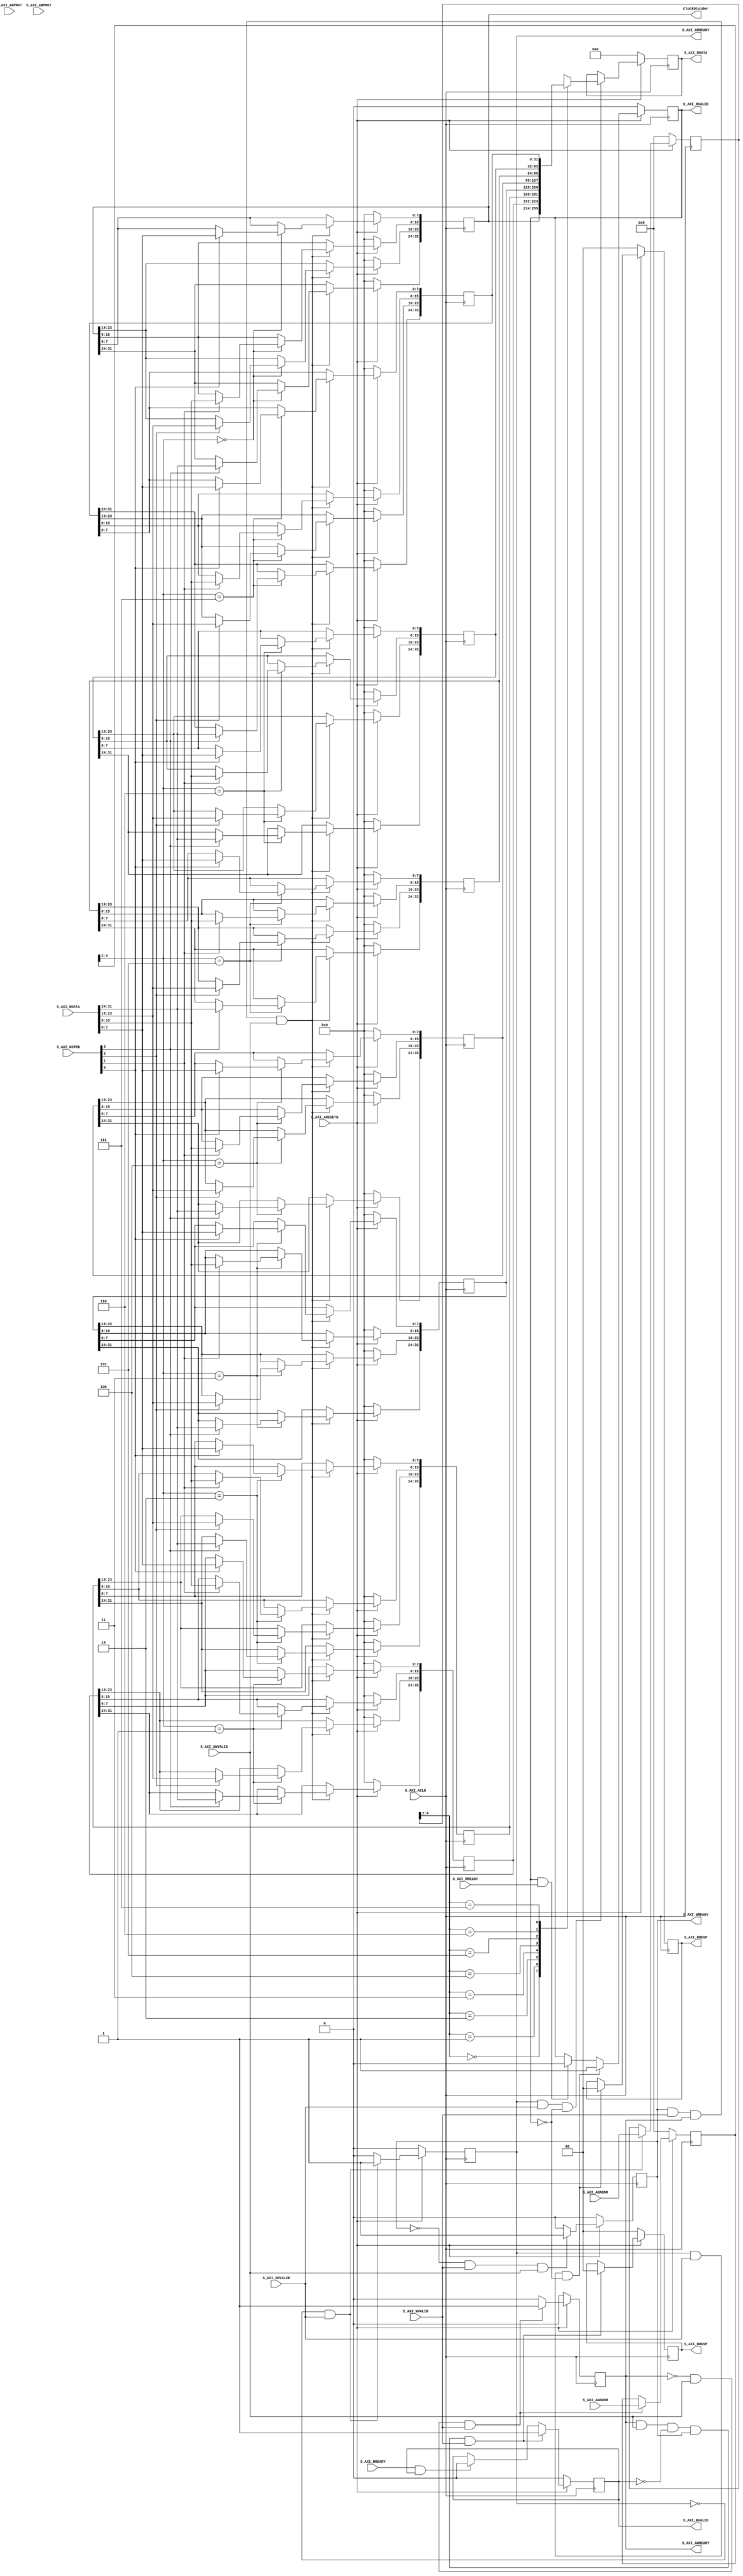
/*
Copyright (c) 2014-2022 Luiz Carlos Gili

Permission is hereby granted, free of charge, to any person obtaining a copy
of this software and associated documentation files (the "Software"), to deal
in the Software without restriction, including without limitation the rights
to use, copy, modify, merge, publish, distribute, sublicense, and/or sell
copies of the Software, and to permit persons to whom the Software is
furnished to do so, subject to the following conditions:

The above copyright notice and this permission notice shall be included in
all copies or substantial portions of the Software.

THE SOFTWARE IS PROVIDED "AS IS", WITHOUT WARRANTY OF ANY KIND, EXPRESS OR
IMPLIED, INCLUDING BUT NOT LIMITED TO THE WARRANTIES OF MERCHANTABILITY
FITNESS FOR A PARTICULAR PURPOSE AND NONINFRINGEMENT. IN NO EVENT SHALL THE
AUTHORS OR COPYRIGHT HOLDERS BE LIABLE FOR ANY CLAIM, DAMAGES OR OTHER
LIABILITY, WHETHER IN AN ACTION OF CONTRACT, TORT OR OTHERWISE, ARISING FROM,
OUT OF OR IN CONNECTION WITH THE SOFTWARE OR THE USE OR OTHER DEALINGS IN
THE SOFTWARE.
*/

// Language: Verilog 2001

// Addresses used : 
// base address + 0x00 : EnableSampleGeneration 	


`timescale 1 ns / 1 ps

module axi_clock_s_axi #
	(
		// Users to add parameters here

		// User parameters ends
		// Do not modify the parameters beyond this line

		// Width of S_AXI data bus
		parameter integer AXI_DATA_WIDTH	= 32,
		// Width of S_AXI address bus
		parameter integer AXI_ADDR_WIDTH	= 5
	)
	(
		// Users to add ports here
		
		output 	wire 	[AXI_DATA_WIDTH-1:0]	ClockDivider, 		
		
		// User ports ends
		// Do not modify the ports beyond this line

		// Global Clock Signal
		input wire  S_AXI_ACLK,
		// Global Reset Signal. This Signal is Active LOW
		input wire  S_AXI_ARESETN,
		// Write address (issued by master, acceped by Slave)
		input wire [AXI_ADDR_WIDTH-1 : 0] S_AXI_AWADDR,
		// Write channel Protection type. This signal indicates the
    		// privilege and security level of the transaction, and whether
    		// the transaction is a data access or an instruction access.
		input wire [2 : 0] S_AXI_AWPROT,
		// Write address valid. This signal indicates that the master signaling
    		// valid write address and control information.
		input wire  S_AXI_AWVALID,
		// Write address ready. This signal indicates that the slave is ready
    		// to accept an address and associated control signals.
		output wire  S_AXI_AWREADY,
		// Write data (issued by master, acceped by Slave) 
		input wire [AXI_DATA_WIDTH-1 : 0] S_AXI_WDATA,
		// Write strobes. This signal indicates which byte lanes hold
    		// valid data. There is one write strobe bit for each eight
    		// bits of the write data bus.    
		input wire [(AXI_DATA_WIDTH/8)-1 : 0] S_AXI_WSTRB,
		// Write valid. This signal indicates that valid write
    		// data and strobes are available.
		input wire  S_AXI_WVALID,
		// Write ready. This signal indicates that the slave
    		// can accept the write data.
		output wire  S_AXI_WREADY,
		// Write response. This signal indicates the status
    		// of the write transaction.
		output wire [1 : 0] S_AXI_BRESP,
		// Write response valid. This signal indicates that the channel
    		// is signaling a valid write response.
		output wire  S_AXI_BVALID,
		// Response ready. This signal indicates that the master
    		// can accept a write response.
		input wire  S_AXI_BREADY,
		// Read address (issued by master, acceped by Slave)
		input wire [AXI_ADDR_WIDTH-1 : 0] S_AXI_ARADDR,
		// Protection type. This signal indicates the privilege
    		// and security level of the transaction, and whether the
    		// transaction is a data access or an instruction access.
		input wire [2 : 0] S_AXI_ARPROT,
		// Read address valid. This signal indicates that the channel
    		// is signaling valid read address and control information.
		input wire  S_AXI_ARVALID,
		// Read address ready. This signal indicates that the slave is
    		// ready to accept an address and associated control signals.
		output wire  S_AXI_ARREADY,
		// Read data (issued by slave)
		output wire [AXI_DATA_WIDTH-1 : 0] S_AXI_RDATA,
		// Read response. This signal indicates the status of the
    		// read transfer.
		output wire [1 : 0] S_AXI_RRESP,
		// Read valid. This signal indicates that the channel is
    		// signaling the required read data.
		output wire  S_AXI_RVALID,
		// Read ready. This signal indicates that the master can
    		// accept the read data and response information.
		input wire  S_AXI_RREADY
	);

	// AXI4LITE signals
	reg [AXI_ADDR_WIDTH-1 : 0] 	axi_awaddr;
	reg  	axi_awready;
	reg  	axi_wready;
	reg [1 : 0] 	axi_bresp;
	reg  	axi_bvalid;
	reg [AXI_ADDR_WIDTH-1 : 0] 	axi_araddr;
	reg  	axi_arready;
	reg [AXI_DATA_WIDTH-1 : 0] 	axi_rdata;
	reg [1 : 0] 	axi_rresp;
	reg  	axi_rvalid;

	// Example-specific design signals
	// local parameter for addressing 32 bit / 64 bit AXI_DATA_WIDTH
	// ADDR_LSB is used for addressing 32/64 bit registers/memories
	// ADDR_LSB = 2 for 32 bits (n downto 2)
	// ADDR_LSB = 3 for 64 bits (n downto 3)
	localparam integer ADDR_LSB = (AXI_DATA_WIDTH/32) + 1;
	localparam integer OPT_MEM_ADDR_BITS = 2;
	//----------------------------------------------
	//-- Signals for user logic register space example
	//------------------------------------------------
	//-- Number of Slave Registers 8
	reg [AXI_DATA_WIDTH-1:0]	slv_reg0;
	reg [AXI_DATA_WIDTH-1:0]	slv_reg1;
	reg [AXI_DATA_WIDTH-1:0]	slv_reg2;
	reg [AXI_DATA_WIDTH-1:0]	slv_reg3;
	reg [AXI_DATA_WIDTH-1:0]	slv_reg4;
	reg [AXI_DATA_WIDTH-1:0]	slv_reg5;
	reg [AXI_DATA_WIDTH-1:0]	slv_reg6;
	reg [AXI_DATA_WIDTH-1:0]	slv_reg7;
	wire	 slv_reg_rden;
	wire	 slv_reg_wren;
	reg [AXI_DATA_WIDTH-1:0]	 reg_data_out;
	integer	 byte_index;
	reg 				asynchFIFO_AlmostFullR;
	
	// I/O Connections assignments

	assign S_AXI_AWREADY	= axi_awready;
	assign S_AXI_WREADY	= axi_wready;
	assign S_AXI_BRESP	= axi_bresp;
	assign S_AXI_BVALID	= axi_bvalid;
	assign S_AXI_ARREADY	= axi_arready;
	assign S_AXI_RDATA	= axi_rdata;
	assign S_AXI_RRESP	= axi_rresp;
	assign S_AXI_RVALID	= axi_rvalid;
	// Implement axi_awready generation
	// axi_awready is asserted for one S_AXI_ACLK clock cycle when both
	// S_AXI_AWVALID and S_AXI_WVALID are asserted. axi_awready is
	// de-asserted when reset is low.

	always @( posedge S_AXI_ACLK )
	begin
	  if ( S_AXI_ARESETN == 1'b0 )
	    begin
	      axi_awready <= 1'b0;
	    end 
	  else
	    begin    
	      if (~axi_awready && S_AXI_AWVALID && S_AXI_WVALID)
	        begin
	          // slave is ready to accept write address when 
	          // there is a valid write address and write data
	          // on the write address and data bus. This design 
	          // expects no outstanding transactions. 
	          axi_awready <= 1'b1;
	        end
	      else           
	        begin
	          axi_awready <= 1'b0;
	        end
	    end 
	end       

	// Implement axi_awaddr latching
	// This process is used to latch the address when both 
	// S_AXI_AWVALID and S_AXI_WVALID are valid. 

	always @( posedge S_AXI_ACLK )
	begin
	  if ( S_AXI_ARESETN == 1'b0 )
	    begin
	      axi_awaddr <= 0;
	    end 
	  else
	    begin    
	      if (~axi_awready && S_AXI_AWVALID && S_AXI_WVALID)
	        begin
	          // Write Address latching 
	          axi_awaddr <= S_AXI_AWADDR;
	        end
	    end 
	end       

	// Implement axi_wready generation
	// axi_wready is asserted for one S_AXI_ACLK clock cycle when both
	// S_AXI_AWVALID and S_AXI_WVALID are asserted. axi_wready is 
	// de-asserted when reset is low. 

	always @( posedge S_AXI_ACLK )
	begin
	  if ( S_AXI_ARESETN == 1'b0 )
	    begin
	      axi_wready <= 1'b0;
	    end 
	  else
	    begin    
	      if (~axi_wready && S_AXI_WVALID && S_AXI_AWVALID)
	        begin
	          // slave is ready to accept write data when 
	          // there is a valid write address and write data
	          // on the write address and data bus. This design 
	          // expects no outstanding transactions. 
	          axi_wready <= 1'b1;
	        end
	      else
	        begin
	          axi_wready <= 1'b0;
	        end
	    end 
	end       

	// Implement memory mapped register select and write logic generation
	// The write data is accepted and written to memory mapped registers when
	// axi_awready, S_AXI_WVALID, axi_wready and S_AXI_WVALID are asserted. Write strobes are used to
	// select byte enables of slave registers while writing.
	// These registers are cleared when reset (active low) is applied.
	// Slave register write enable is asserted when valid address and data are available
	// and the slave is ready to accept the write address and write data.
	assign slv_reg_wren = axi_wready && S_AXI_WVALID && axi_awready && S_AXI_AWVALID;

	always @( posedge S_AXI_ACLK )
	begin
	  if ( S_AXI_ARESETN == 1'b0 )
	    begin
	      slv_reg0 <= 0;
	      slv_reg1 <= 0;
	      slv_reg2 <= 0;
	      slv_reg3 <= 0;
	      slv_reg4 <= 0;
	      slv_reg5 <= 0;
	      slv_reg6 <= 0;
	      slv_reg7 <= 0;
	    end 
	  else begin
	    if (slv_reg_wren)
	      begin
	        case ( axi_awaddr[ADDR_LSB+OPT_MEM_ADDR_BITS:ADDR_LSB] )
	          3'h0:
	            for ( byte_index = 0; byte_index <= (AXI_DATA_WIDTH/8)-1; byte_index = byte_index+1 )
	              if ( S_AXI_WSTRB[byte_index] == 1 ) begin
	                // Respective byte enables are asserted as per write strobes 
	                // Slave register 0
	                slv_reg0[(byte_index*8) +: 8] <= S_AXI_WDATA[(byte_index*8) +: 8];
	              end  
	          3'h1:
	            for ( byte_index = 0; byte_index <= (AXI_DATA_WIDTH/8)-1; byte_index = byte_index+1 )
	              if ( S_AXI_WSTRB[byte_index] == 1 ) begin
	                // Respective byte enables are asserted as per write strobes 
	                // Slave register 1
	                slv_reg1[(byte_index*8) +: 8] <= S_AXI_WDATA[(byte_index*8) +: 8];
	              end  
	          3'h2:
	            for ( byte_index = 0; byte_index <= (AXI_DATA_WIDTH/8)-1; byte_index = byte_index+1 )
	              if ( S_AXI_WSTRB[byte_index] == 1 ) begin
	                // Respective byte enables are asserted as per write strobes 
	                // Slave register 2
	                slv_reg2[(byte_index*8) +: 8] <= S_AXI_WDATA[(byte_index*8) +: 8];
	              end  
	          3'h3:
	            for ( byte_index = 0; byte_index <= (AXI_DATA_WIDTH/8)-1; byte_index = byte_index+1 )
	              if ( S_AXI_WSTRB[byte_index] == 1 ) begin
	                // Respective byte enables are asserted as per write strobes 
	                // Slave register 3
	                slv_reg3[(byte_index*8) +: 8] <= S_AXI_WDATA[(byte_index*8) +: 8];
	              end  
	          3'h4:
	            for ( byte_index = 0; byte_index <= (AXI_DATA_WIDTH/8)-1; byte_index = byte_index+1 )
	              if ( S_AXI_WSTRB[byte_index] == 1 ) begin
	                // Respective byte enables are asserted as per write strobes 
	                // Slave register 4
	                slv_reg4[(byte_index*8) +: 8] <= S_AXI_WDATA[(byte_index*8) +: 8];
	              end  
	          3'h5:
	            for ( byte_index = 0; byte_index <= (AXI_DATA_WIDTH/8)-1; byte_index = byte_index+1 )
	              if ( S_AXI_WSTRB[byte_index] == 1 ) begin
	                // Respective byte enables are asserted as per write strobes 
	                // Slave register 5
	                slv_reg5[(byte_index*8) +: 8] <= S_AXI_WDATA[(byte_index*8) +: 8];
	              end  
	          3'h6:
	            for ( byte_index = 0; byte_index <= (AXI_DATA_WIDTH/8)-1; byte_index = byte_index+1 )
	              if ( S_AXI_WSTRB[byte_index] == 1 ) begin
	                // Respective byte enables are asserted as per write strobes 
	                // Slave register 6
	                slv_reg6[(byte_index*8) +: 8] <= S_AXI_WDATA[(byte_index*8) +: 8];
	              end  
	          3'h7:
	            for ( byte_index = 0; byte_index <= (AXI_DATA_WIDTH/8)-1; byte_index = byte_index+1 )
	              if ( S_AXI_WSTRB[byte_index] == 1 ) begin
	                // Respective byte enables are asserted as per write strobes 
	                // Slave register 7
	                slv_reg7[(byte_index*8) +: 8] <= S_AXI_WDATA[(byte_index*8) +: 8];
	              end  
	          default : begin
	                      slv_reg0 <= slv_reg0;
	                      slv_reg1 <= slv_reg1;
	                      slv_reg2 <= slv_reg2;
	                      slv_reg3 <= slv_reg3;
	                      slv_reg4 <= slv_reg4;
	                      slv_reg5 <= slv_reg5;
	                      slv_reg6 <= slv_reg6;
	                      slv_reg7 <= slv_reg7;
	                    end
	        endcase
	      end
	  end
	end    

	// Implement write response logic generation
	// The write response and response valid signals are asserted by the slave 
	// when axi_wready, S_AXI_WVALID, axi_wready and S_AXI_WVALID are asserted.  
	// This marks the acceptance of address and indicates the status of 
	// write transaction.

	always @( posedge S_AXI_ACLK )
	begin
	  if ( S_AXI_ARESETN == 1'b0 )
	    begin
	      axi_bvalid  <= 0;
	      axi_bresp   <= 2'b0;
	    end 
	  else
	    begin    
	      if (axi_awready && S_AXI_AWVALID && ~axi_bvalid && axi_wready && S_AXI_WVALID)
	        begin
	          // indicates a valid write response is available
	          axi_bvalid <= 1'b1;
	          axi_bresp  <= 2'b0; // 'OKAY' response 
	        end                   // work error responses in future
	      else
	        begin
	          if (S_AXI_BREADY && axi_bvalid) 
	            //check if bready is asserted while bvalid is high) 
	            //(there is a possibility that bready is always asserted high)   
	            begin
	              axi_bvalid <= 1'b0; 
	            end  
	        end
	    end
	end   

	// Implement axi_arready generation
	// axi_arready is asserted for one S_AXI_ACLK clock cycle when
	// S_AXI_ARVALID is asserted. axi_awready is 
	// de-asserted when reset (active low) is asserted. 
	// The read address is also latched when S_AXI_ARVALID is 
	// asserted. axi_araddr is reset to zero on reset assertion.

	always @( posedge S_AXI_ACLK )
	begin
	  if ( S_AXI_ARESETN == 1'b0 )
	    begin
	      axi_arready <= 1'b0;
	      axi_araddr  <= 32'b0;
	    end 
	  else
	    begin    
	      if (~axi_arready && S_AXI_ARVALID)
	        begin
	          // indicates that the slave has acceped the valid read address
	          axi_arready <= 1'b1;
	          // Read address latching
	          axi_araddr  <= S_AXI_ARADDR;
	        end
	      else
	        begin
	          axi_arready <= 1'b0;
	        end
	    end 
	end       

	// Implement axi_arvalid generation
	// axi_rvalid is asserted for one S_AXI_ACLK clock cycle when both 
	// S_AXI_ARVALID and axi_arready are asserted. The slave registers 
	// data are available on the axi_rdata bus at this instance. The 
	// assertion of axi_rvalid marks the validity of read data on the 
	// bus and axi_rresp indicates the status of read transaction.axi_rvalid 
	// is deasserted on reset (active low). axi_rresp and axi_rdata are 
	// cleared to zero on reset (active low).  
	always @( posedge S_AXI_ACLK )
	begin
	  if ( S_AXI_ARESETN == 1'b0 )
	    begin
	      axi_rvalid <= 0;
	      axi_rresp  <= 0;
	    end 
	  else
	    begin    
	      if (axi_arready && S_AXI_ARVALID && ~axi_rvalid)
	        begin
	          // Valid read data is available at the read data bus
	          axi_rvalid <= 1'b1;
	          axi_rresp  <= 2'b0; // 'OKAY' response
	        end   
	      else if (axi_rvalid && S_AXI_RREADY)
	        begin
	          // Read data is accepted by the master
	          axi_rvalid <= 1'b0;
	        end                
	    end
	end    

	// Implement memory mapped register select and read logic generation
	// Slave register read enable is asserted when valid address is available
	// and the slave is ready to accept the read address.
	assign slv_reg_rden = axi_arready & S_AXI_ARVALID & ~axi_rvalid;
	always @(*)
	begin
	      // Address decoding for reading registers
	      case ( axi_araddr[ADDR_LSB+OPT_MEM_ADDR_BITS:ADDR_LSB] )
	        3'h0   : reg_data_out <= slv_reg0;
	        3'h1   : reg_data_out <= slv_reg1;
	        3'h2   : reg_data_out <= slv_reg2;
	        3'h3   : reg_data_out <= slv_reg3;
	        3'h4   : reg_data_out <= slv_reg4; 		
	        3'h5   : reg_data_out <= slv_reg5; 
	        3'h6   : reg_data_out <= slv_reg6; 
	        3'h7   : reg_data_out <= slv_reg7; 
	        default : reg_data_out <= 0;
	      endcase
	end

	// Output register or memory read data
	always @( posedge S_AXI_ACLK )
	begin
	  if ( S_AXI_ARESETN == 1'b0 )
	    begin
	      axi_rdata  <= 0;
	    end 
	  else
	    begin    
	      // When there is a valid read address (S_AXI_ARVALID) with 
	      // acceptance of read address by the slave (axi_arready), 
	      // output the read dada 
	      if (slv_reg_rden)
	        begin
	          axi_rdata <= reg_data_out;     // register read data
	        end   
	    end
	end    

	// Add user logic here

	assign ClockDivider = slv_reg0; 
	
	
	
		
	// User logic ends

	endmodule